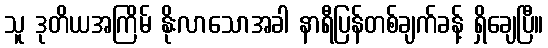
သူ ဒုတိယအကြိမ် နိုးလာသောအခါ နာရီပြန်တစ်ချက်ခန့် ရှိချေပြီ။